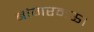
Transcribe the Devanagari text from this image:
बांगरमऊ।